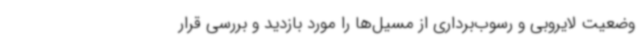
وضعیت لایروبی و رسوب‌برداری از مسیل‌ها را مورد بازدید و بررسی قرار